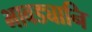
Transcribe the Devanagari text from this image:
भावड्यानि